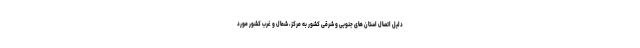
دلیل اتصال استان های جنوبی و شرقی کشور به مرکز، شمال و غرب کشور مورد